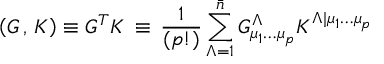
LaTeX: \left( G \, , \, K \right) \equiv G ^ { T } K \, \equiv \, { \frac { 1 } { ( p ! ) } } \sum _ { \Lambda = 1 } ^ { \bar { n } } G _ { \mu _ { 1 } \dots \mu _ { p } } ^ { \Lambda } K ^ { \Lambda \vert \mu _ { 1 } \dots \mu _ { p } }